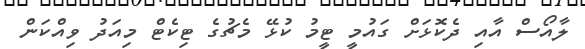
ލާއޯސް އާއި ދެކޮޅަށް ގައުމީ ޓީމު ކުޅޭ މެޗުގެ ޓިކެޓް މިއަދު ވިއްކަން